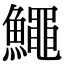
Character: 鱦